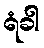
ရံခါ